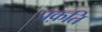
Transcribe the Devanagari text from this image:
प्रक़ति